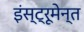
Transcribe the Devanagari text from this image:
इंस्ट्रूमेन्त